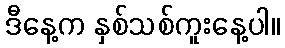
ဒီနေ့က နှစ်သစ်ကူးနေ့ပါ။